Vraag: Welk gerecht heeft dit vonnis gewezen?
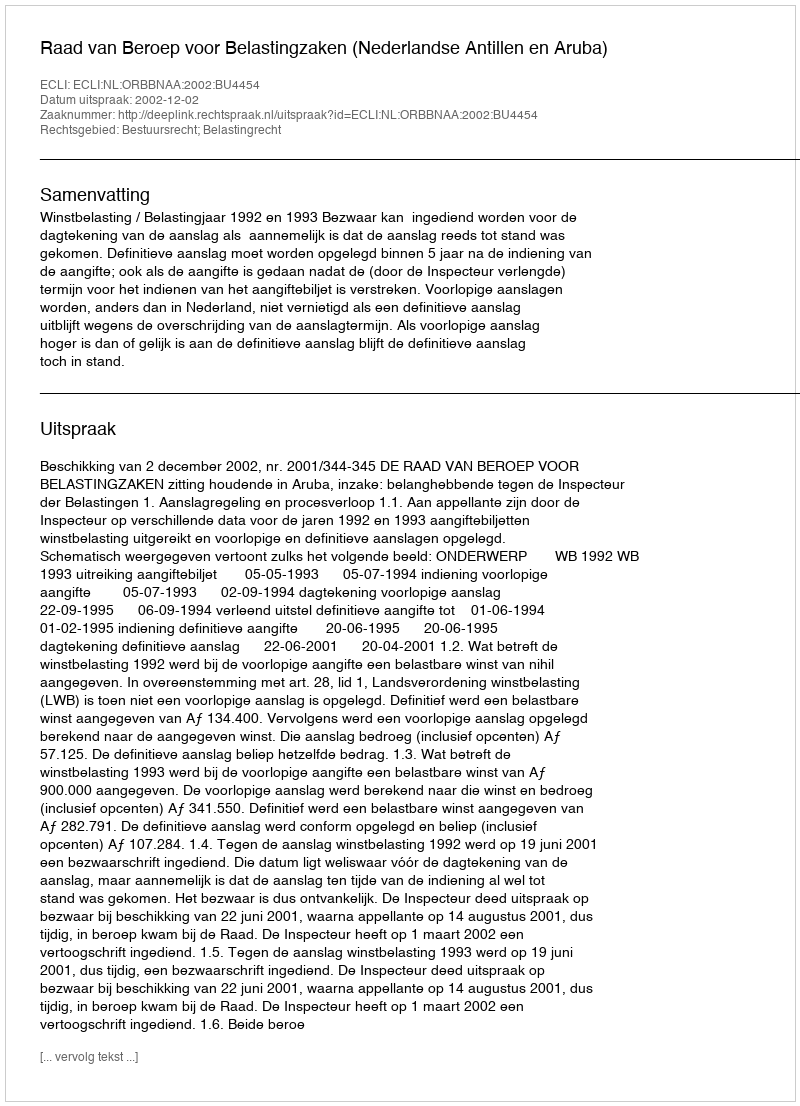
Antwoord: Raad van Beroep voor Belastingzaken (Nederlandse Antillen en Aruba)